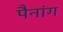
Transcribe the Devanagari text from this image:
पैनांग